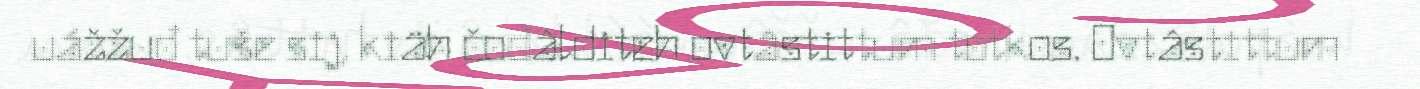
uážžuđ tuše sij, kiäh čođâlditeh ovtâstittum totkos. Ovtâstittum